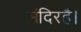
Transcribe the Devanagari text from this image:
मंदिरहै।